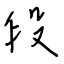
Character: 段